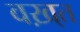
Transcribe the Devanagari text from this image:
वख़्त